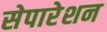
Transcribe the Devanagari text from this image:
सेपारेशन